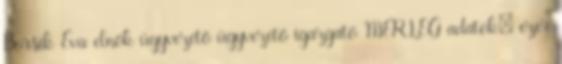
Borsik Éva elnök ügyvezető ügyvezető igazgató MÉRLEG adatok: ezer